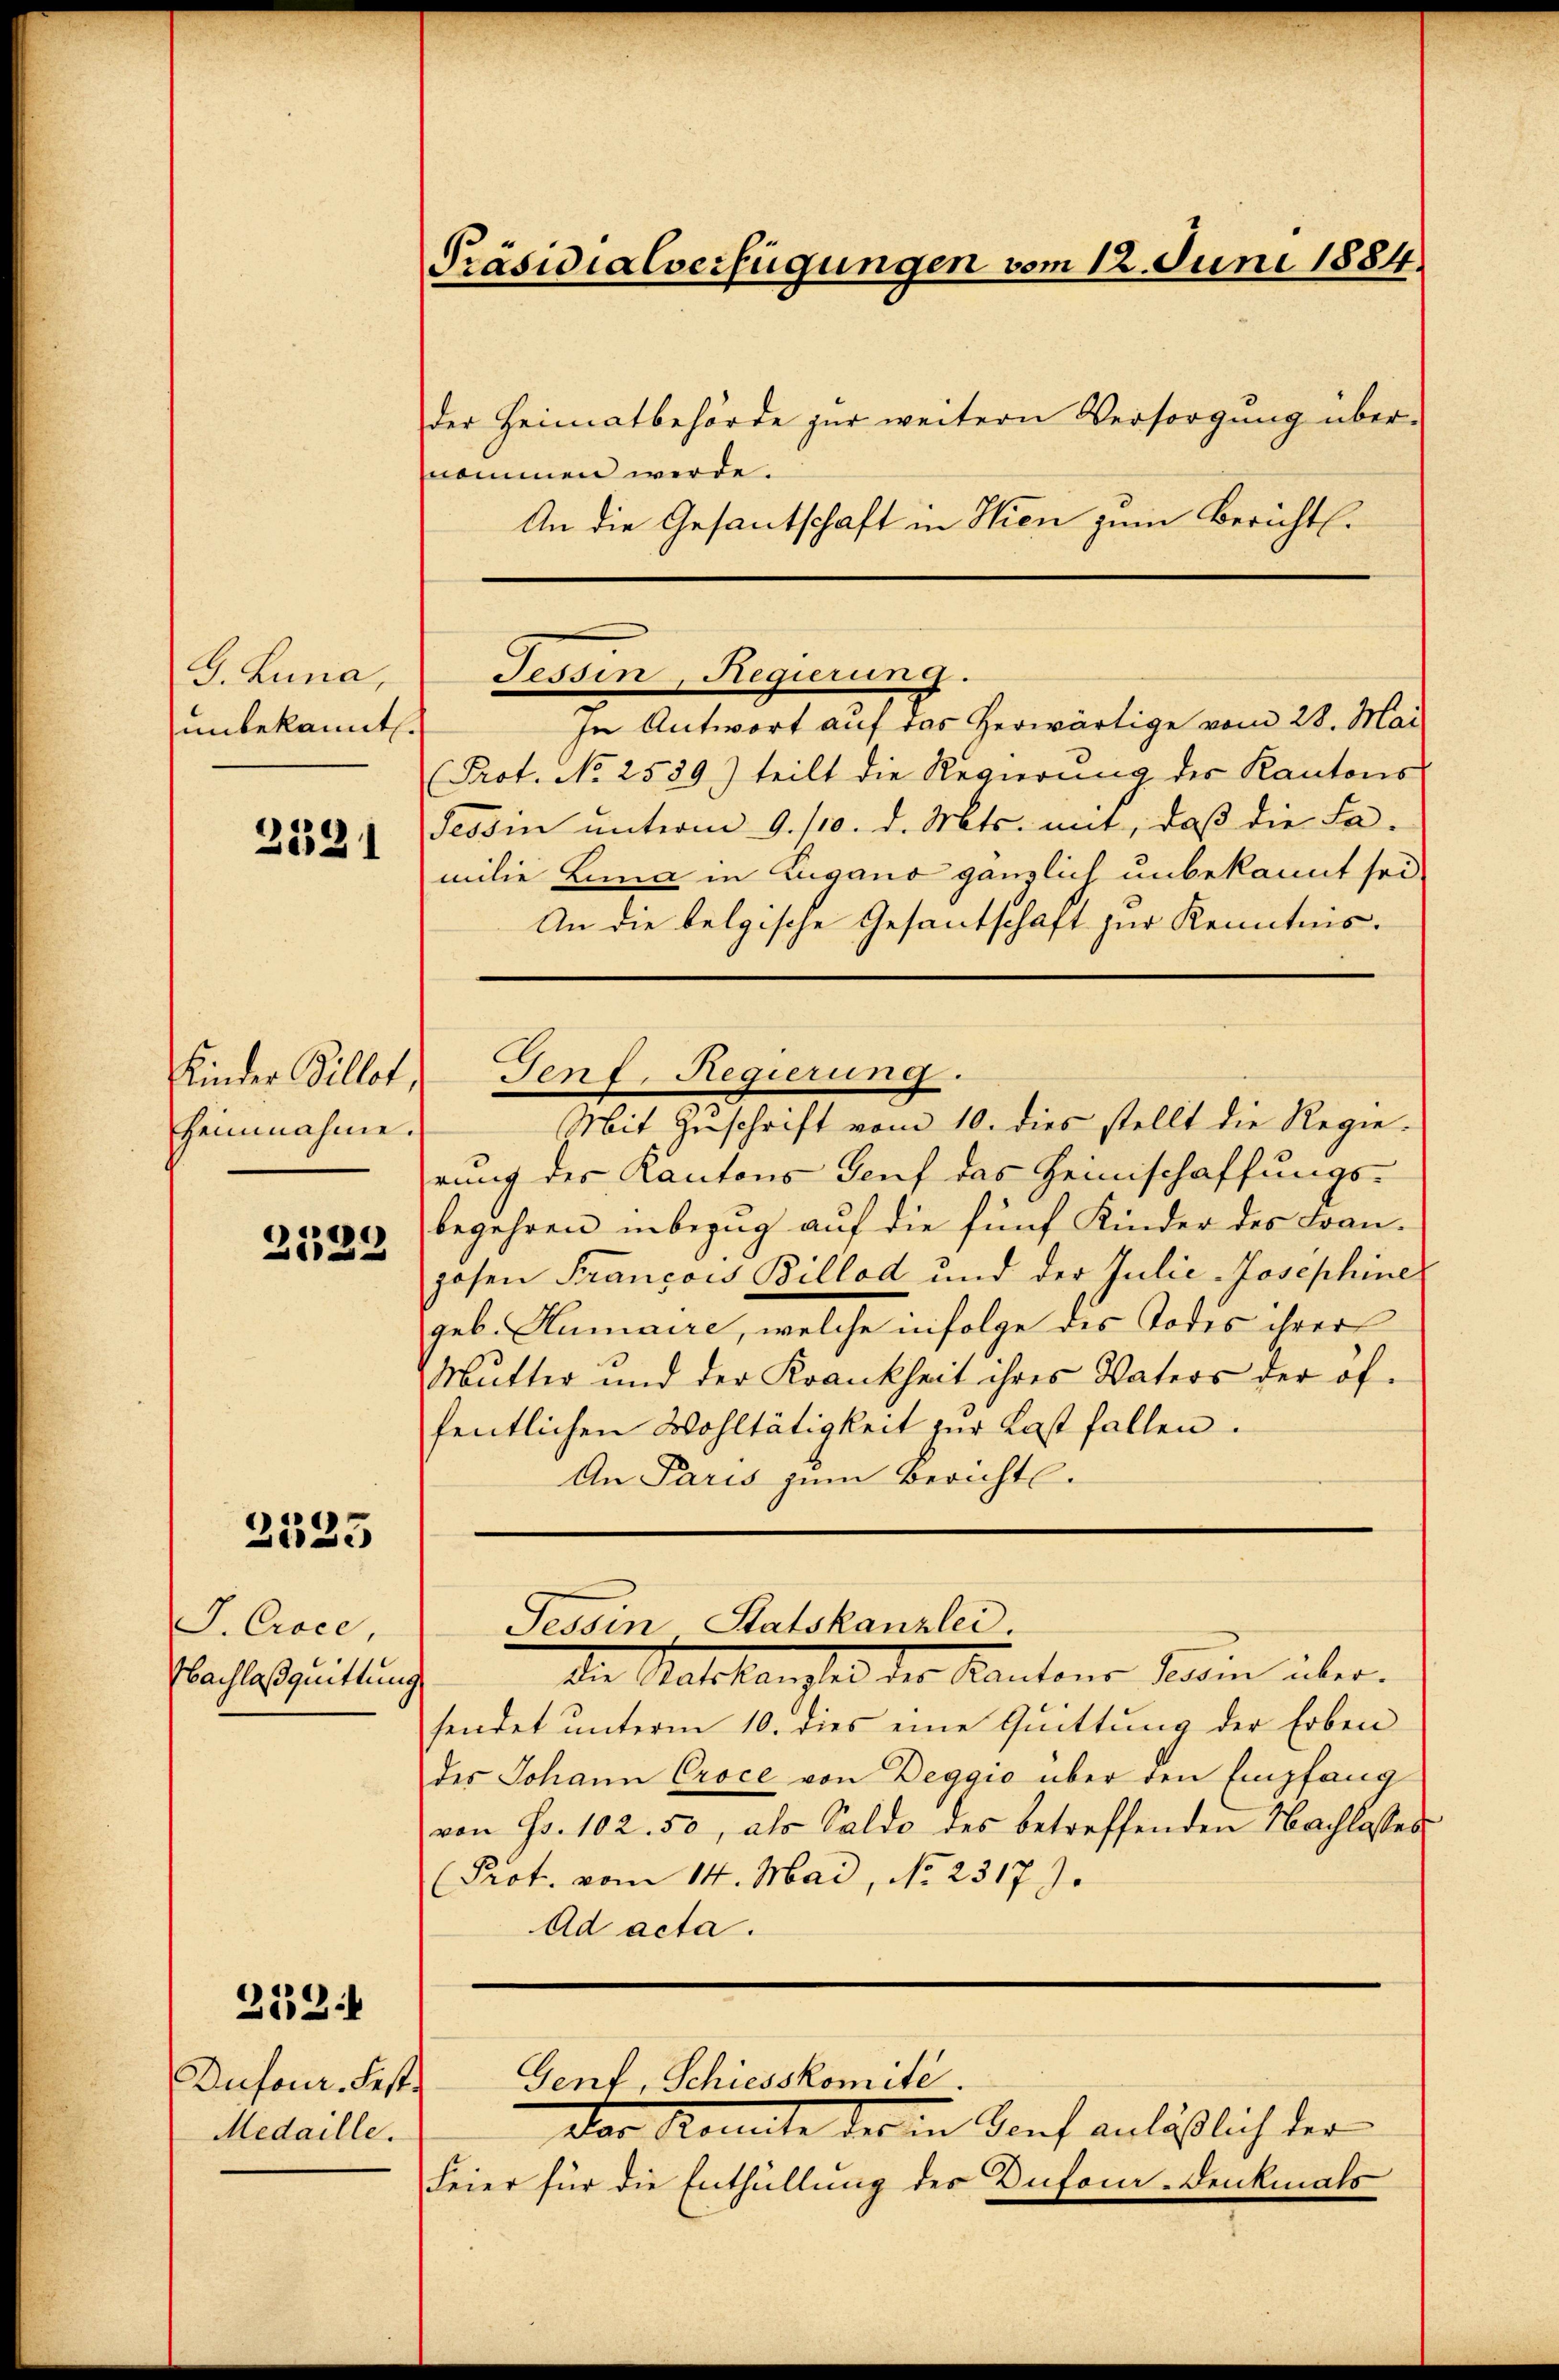
G. Luna,
unbekannt.

2331

Kinder Billet,
Heinnahme.
e
2.22

2525

2521

I. Cisce
Nachlaßquittung

Dufour. Fest.
Medaille.

der Heimatbehörde zur weitern Versorgung über-
nommen werde.
An die Gesantschaft in Hien zum Berichtl.

Präsidialverfügungen vom 12. Juni 1884.

In Antwort auf das herwärtige vom 28. Mai
Prot. No 2539) teilt die Regierung des Kantons
Tessin unterm 9. 110. d. Mts. mit, daß die Fa-
milie Lina in Zugano gänzlich unbekannt sei
An die belgische Gesantschaft zur Kenntnis.
Mit Zuschrift vom 10. dies stellt die Regierung des Kantons Genf das Heimschaffungs-
begehren inbezug auf die fünf Kinder des Franjohen Francois Billod und der Julie-Josephine
geb. Humaire, welche infolge des Todes ihrer
Mutter und der Krankheit ihres Vaters der öf-
fentlichen Wohltätigkeit zur Last fallen.
An Paris zum Bericht.

Tessin, Regierung.

Senf, Regierung.

Der Konnte der in Dorf anläßlich der
Feier für die Enthüllung des Dufour-Denkmals

dDie Ratskanzlei der Kantons Testin über-
sendet unterm 10. dies eine Quittung der Erben
des Johann Croce von Deggio über den Empfang
von Fr. 102. 50, als Saldo des betreffenden Nachlosses
(Prot. vom 14. Mai, No. 2317. J
Ad acta.

Tessin Statskanzlei.

Genf, Schiesskomite.